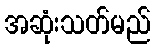
အဆုံးသတ်မည်